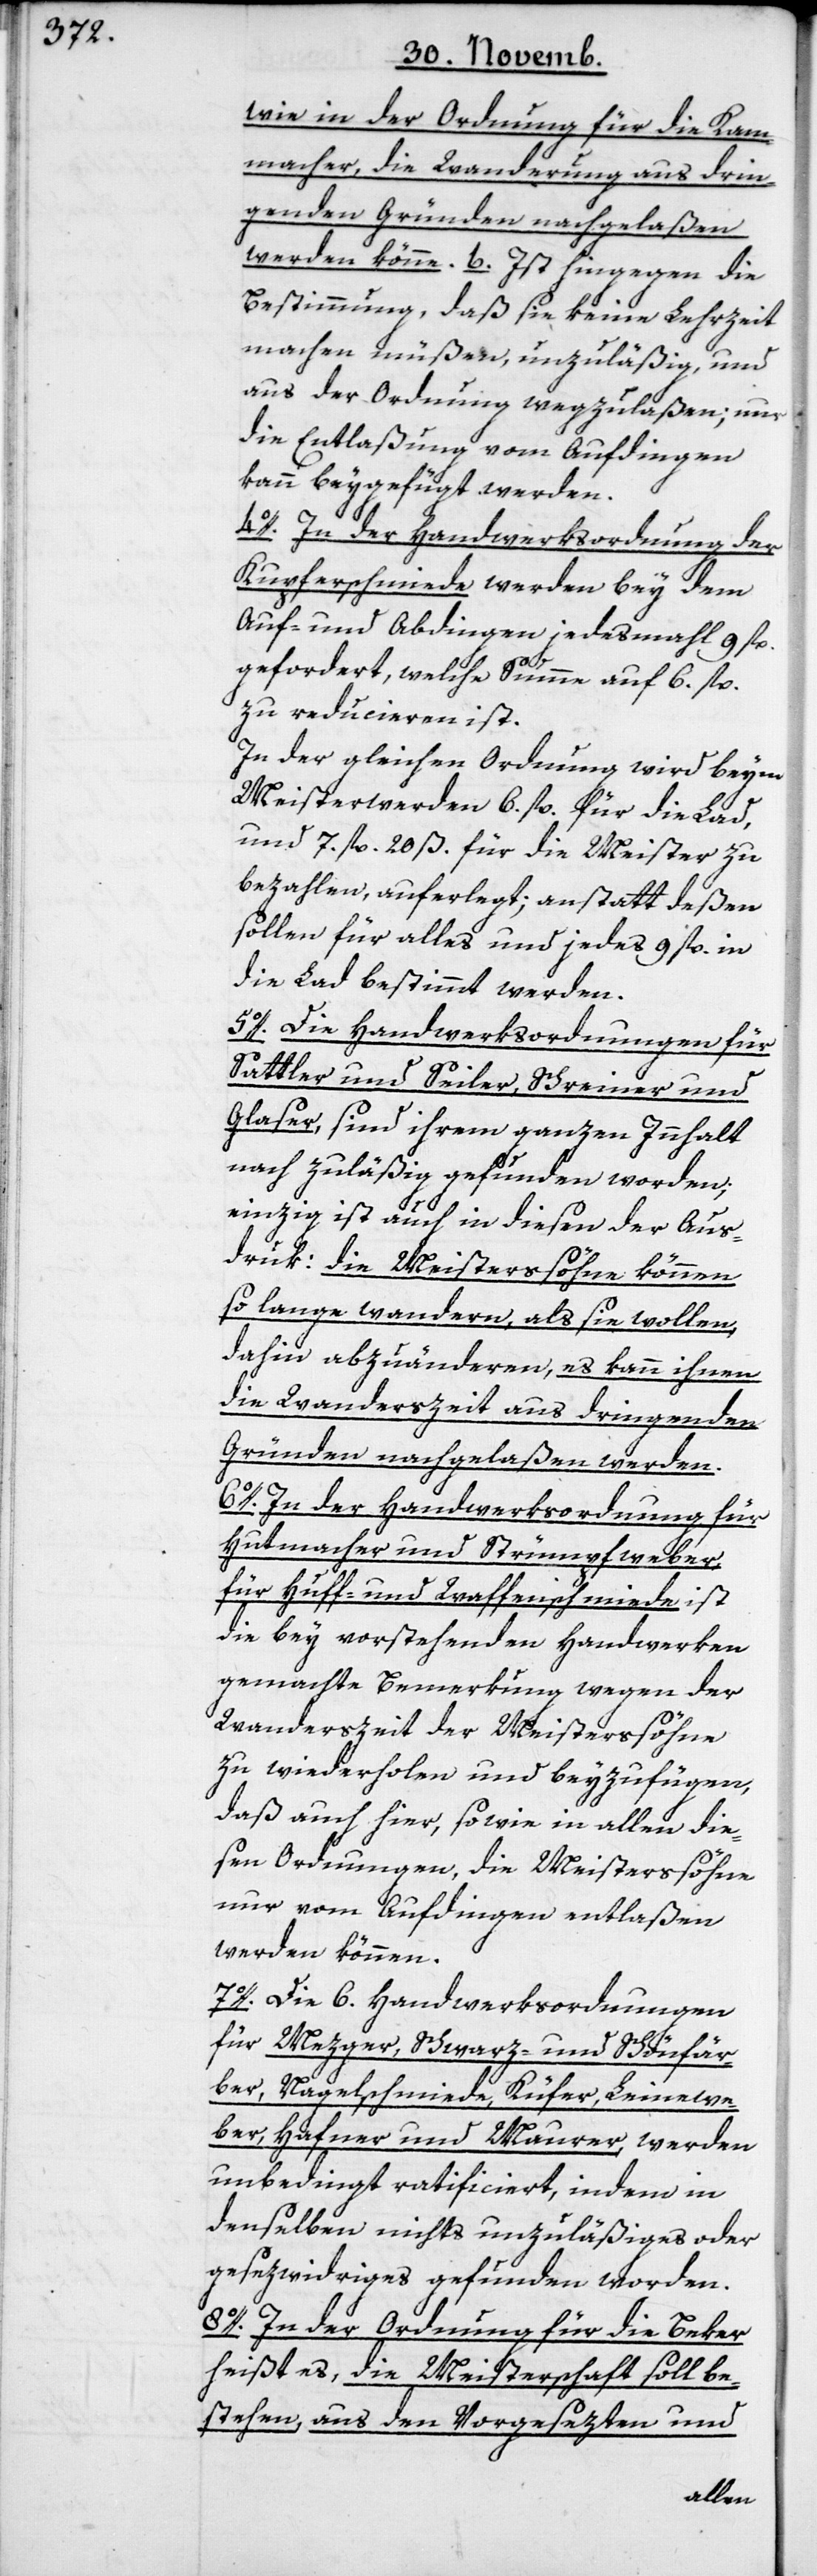
wie in der Ordnung für die Kam¬
macher, die Wanderung aus drin¬
genden Gründen nachgelaßen
werden könne. b) Ist hingegen die
Bestimmung, daß sie keine Lehrzeit
machen müßen, unzuläßig, und
aus der Ordnung wegzulaßen, nur
die Entlaßung vom Aufdingen
kann beygefügt werden.
4o. In der Handwerksordnung der
Kupferschmiede werden bey dem
Auf- und Abdingen, jedesmahl 9 fl.
gefordert, welche Summe auf 6. fl.
zu reducieren ist.
In der gleichen Ordnung wird beym
Meisterwerden 6. fl. für die Lad,
und 7. fl. 20 ß. für die Meister zu
bezahlen auferlegt; anstatt deßen
sollen für alles und jedes 9 fl. in
die Lad bestimmt werden.
5o. Die Handwerksordnungen für
Sattler und Seiler, Schreiner und
Glaser, sind ihrem ganzen Innhalt
nach zuläßig gefunden worden;
einzig ist auch in diesen der Aus¬
druk: die Meistersöhne können
so lange wandern, als sie wollen,
dahin abzuändern, es kann ihnen
die Wanderszeit aus dringenden
Gründen nachgelaßen werden.
6o. In der Handwerksordnung für
Hutmacher und Strümpfweber,
für Huff- und Waffenschmiede ist
die bey vorstehenden Handwerken
gemachte Bemerkung wegen der
Wanderszeit der Meistersöhne
zu wiederholen und beyzufügen,
daß auch hier, sowie in allen die¬
sen Ordnungen, die Meistersöhne
nur vom Aufdingen entlaßen
werden können.
7o. Die 6. Handwerksordnungen
für Mezger, Schwarz- und Schönfär¬
ber, Nagelschmiede, Küfer, Leinewe¬
ber, Hafner und Maurer, werden
unbedingt ratificiert, indem in
denselben nichts unzuläßiges oder
gesezwidriges gefunden worden.
8o. In der Ordnung für die Beker
heißt es, die Meisterschaft soll be¬
stehen, aus den Vorgesetzten und